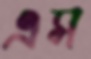
এস